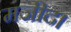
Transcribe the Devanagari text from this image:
मजीद।